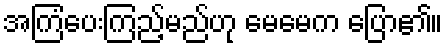
အကြံပေးကြည့်မည်ဟု မေမေက ပြော၏။